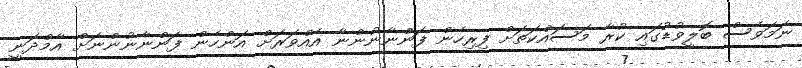
ނަމަވެސް ބޮލީވުޑުގައި ކުރާ މަސައްކަތަށް ފިރިހެން ފަންނާނުންނާ އެއްވަރަށް އަންހެން ފަންނާނުންނަށް އާމްދަނީ